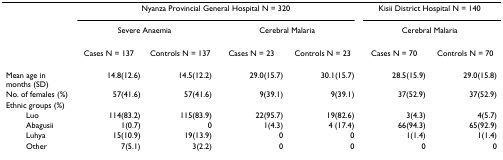
<table><thead><tr><td></td><td colspan="4"><b>Nyanza Provincial General Hospital N = 320</b></td><td colspan="2"><b>Kisii District Hospital N = 140</b></td></tr><tr><td></td><td colspan="2"><b>Severe Anaemia</b></td><td colspan="2"><b>Cerebral Malaria</b></td><td colspan="2"><b>Cerebral Malaria</b></td></tr><tr><td></td><td><b>Cases N = 137</b></td><td><b>Controls N = 137</b></td><td><b>Cases N = 23</b></td><td><b>Controls N = 23</b></td><td><b>Cases N = 70</b></td><td><b>Controls N = 70</b></td></tr></thead><tbody><tr><td>Mean age in months (SD)</td><td>14.8(12.6)</td><td>14.5(12.2)</td><td>29.0(15.7)</td><td>30.1(15.7)</td><td>28.5(15.9)</td><td>29.0(15.8)</td></tr><tr><td>No. of females (%)</td><td>57(41.6)</td><td>57(41.6)</td><td>9(39.1)</td><td>9(39.1)</td><td>37(52.9)</td><td>37(52.9)</td></tr><tr><td>Ethnic groups (%)</td><td></td><td></td><td></td><td></td><td></td><td></td></tr><tr><td>Luo</td><td>114(83.2)</td><td>115(83.9)</td><td>22(95.7)</td><td>19(82.6)</td><td>3(4.3)</td><td>4(5.7)</td></tr><tr><td>Abagusii</td><td>1(0.7)</td><td>0</td><td>1(4.3)</td><td>4 (17.4)</td><td>66(94.3)</td><td>65(92.9)</td></tr><tr><td>Luhya</td><td>15(10.9)</td><td>19(13.9)</td><td>0</td><td>0</td><td>1(1.4)</td><td>1(1.4)</td></tr><tr><td>Other</td><td>7(5.1)</td><td>3(2.2)</td><td>0</td><td>0</td><td>0</td><td>0</td></tr></tbody></table>